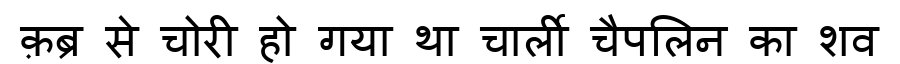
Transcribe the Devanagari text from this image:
क़ब्र से चोरी हो गया था चार्ली चैपलिन का शव